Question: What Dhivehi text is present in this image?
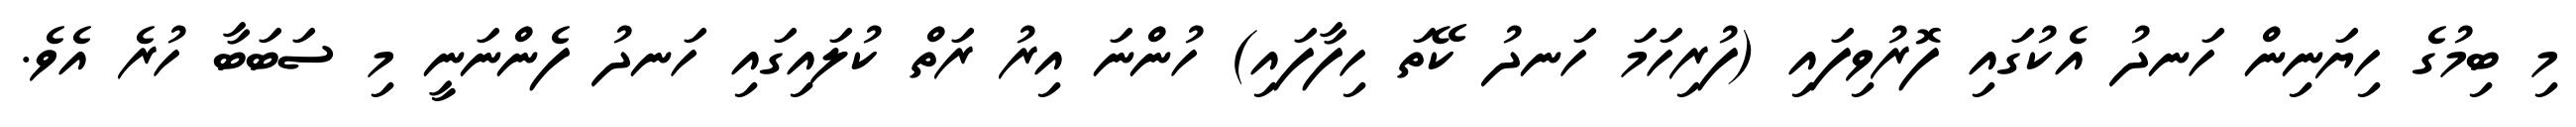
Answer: މި ބިމުގެ ހިޔަނިން ހަނދު އެކުގައި ފޮރުވިފައި (ފުރިހަމަ ހަނދު ކޭތަ ހިފާފައި) ހުންނަ އިރު ރަތް ކުލައިގައި ހަނދު ފެންނަނީ މި ސަބަބާ ހުރެ އެވެ.